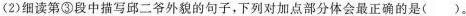
(2)细读第③段中描写邱二爷外貌的句子，下列对加点部分体会最正确的是( )。